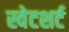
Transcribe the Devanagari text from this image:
स्वेटशर्ट